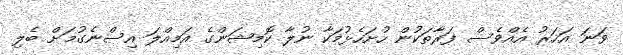
ވަނަ އަހަރު އެއްވެސް ފަރާތަކުން ހުށަހެޅުމަކާ ނުލާ ކޮމިޝަންގެ އަމިއްލަ އިސްނެގުމަށް ބެލި